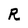
Character: R